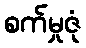
စက်မှုဇုံ